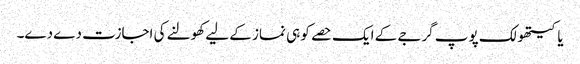
یاکیتھولک پوپ گرجے کے ایک حصے کو ہی نماز کے لیے کھولنے کی اجازت دے دے۔